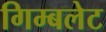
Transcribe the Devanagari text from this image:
गिम्बलेट